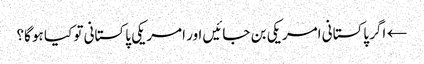
← اگر پاکستانی امریکی بن جائیں اور امریکی پاکستانی تو کیا ہو گا؟